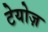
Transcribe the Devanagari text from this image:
टेयोज़